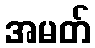
အမတ်